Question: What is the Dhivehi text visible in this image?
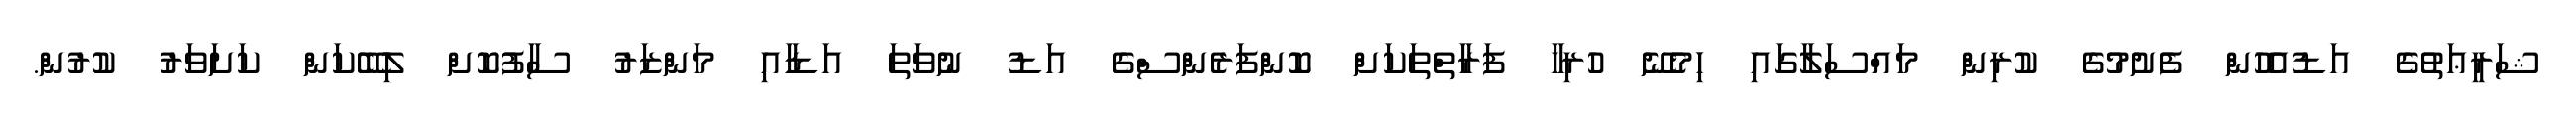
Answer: ޝަރީޢަތުގެ އަޑުއެހުން ފެށުމުގެ ކުރިން މައްސަލާގައި ހިމެނޭ ހުރިހާ ފަރާތްތަކަށް ކޮންފަރެންސްގެ އަޑު ނުވަތަ އަޑާއި މަންޒަރު ސާފުކޮށް ލިބޭކަން ކަށަވަރު ކުރުން.